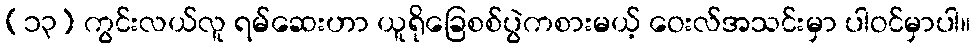
(၁၃) ကွင်းလယ်လူ ရမ်ဆေးဟာ ယူရိုခြေစစ်ပွဲကစားမယ့် ဝေးလ်အသင်းမှာ ပါဝင်မှာပါ။